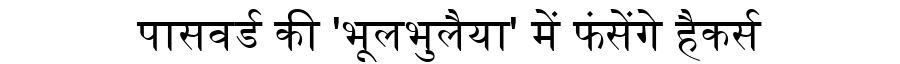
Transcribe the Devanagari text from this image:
पासवर्ड की 'भूलभुलैया' में फंसेंगे हैकर्स